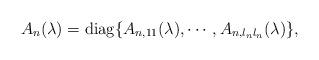
LaTeX: \begin{align*} A_n (\lambda)=\mathrm{diag}\{A_{n,11}(\lambda),\cdots,A_{n, l_{n}l_{n}}(\lambda)\},\end{align*}